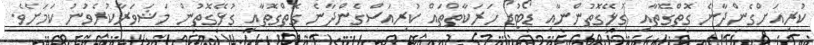
ކުރިއަށްގެންދާނެ ގޮތްގޮތާއި ގުޅޭގޮތުންނާއި ޑޯޓުޑޯ ހަރަކާތްތައް ކުރިއަސްގެންދާނެ ގޮތްގޮތާއި ގުޅޭގޮތުން މަޝަވަރާކުރެވުނު ކަމަށެވެ.